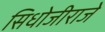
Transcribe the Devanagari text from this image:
सिधोजीराजे